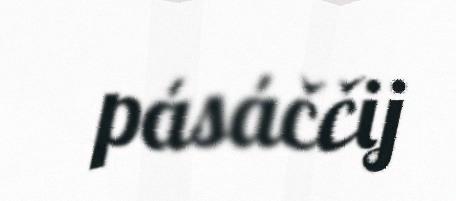
pásáččij